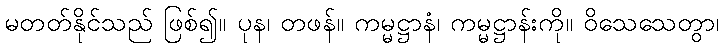
မတတ်နိုင်သည် ဖြစ်၍။ ပုန၊ တဖန်။ ကမ္မဋ္ဌာနံ၊ ကမ္မဋ္ဌာန်းကို။ ဝိသေသေတွာ၊